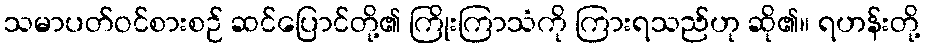
သမာပတ်ဝင်စားစဉ် ဆင်ပြောင်တို့၏ ကြိုးကြာသံကို ကြားရသည်ဟု ဆို၏။ ရဟန်းတို့